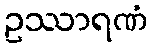
ဥဿာရဏံ